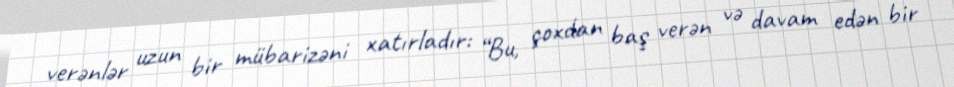
verənlər uzun bir mübarizəni xatırladır: “Bu, çoxdan baş verən və davam edən bir